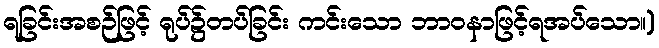
ရခြင်းအစဉ်ဖြင့် ရုပ်၌တပ်ခြင်း ကင်းသော ဘာဝနာဖြင့်ရအပ်သော။)